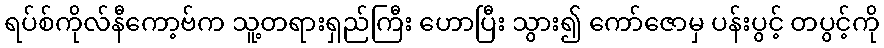
ရပ်စ်ကိုလ်နီကော့ဗ်က သူ့တရားရှည်ကြီး ဟောပြီး သွား၍ ကော်ဇောမှ ပန်းပွင့် တပွင့်ကို